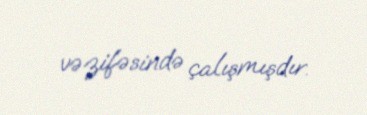
vəzifəsində çalışmışdır.